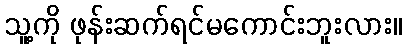
သူ့ကို ဖုန်းဆက်ရင်မကောင်းဘူးလား။